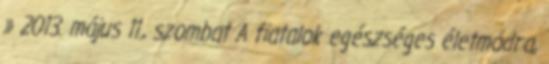
» 2013. május 11., szombat A fiatalok egészséges életmódra,